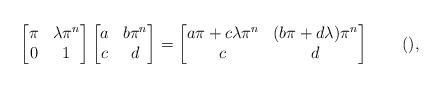
LaTeX: \begin{align*} \begin{bmatrix} \pi & \lambda \pi^n \\ 0 & 1 \end{bmatrix} \begin{bmatrix} a & b\pi^n \\ c & d \end{bmatrix} = \begin{bmatrix} a \pi + c \lambda \pi^n & (b\pi + d \lambda)\pi^n \\ c & d \end{bmatrix} \qquad(), \end{align*}